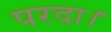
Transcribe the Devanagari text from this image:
परदा।